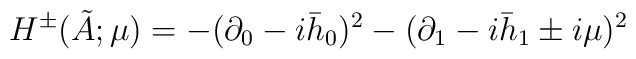
H^{\pm}(\tilde A;\mu)=-(\partial_0-i\bar h_0)^2-(\partial_1-i\bar h_1\pm i\mu)^2